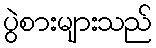
ပွဲစားများသည်